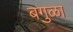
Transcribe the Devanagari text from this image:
बगुळा